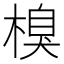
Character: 𣗬